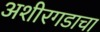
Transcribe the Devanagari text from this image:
अशीरगडाचा